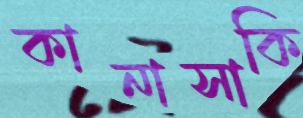
কানাসাকি